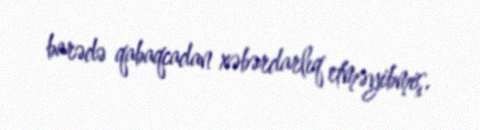
barədə qabaqcadan xəbərdarlıq etməyibmiş.